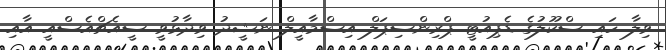
ވިލާ ހައި ސްކޫލުގެ ޑެޕިއުޓީ ޕްރިންސިޕަލް އިސްމާއީލް ނަޝީދު ވިދާޅުވީ ސީއެޗްއެސްއީ އާއި